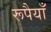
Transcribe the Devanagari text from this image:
रूपैयाँ